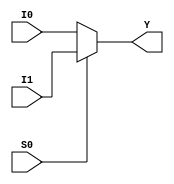
module m21_dataflow(I0, I1, S0, Y);

	input I0, I1, S0;
	output Y;

	assign Y = S0 ? I1 : I0;

endmodule